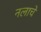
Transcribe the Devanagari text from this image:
नलाचे